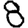
Digit: 8